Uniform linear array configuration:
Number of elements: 48
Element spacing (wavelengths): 0.25
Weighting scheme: hann
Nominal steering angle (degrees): -45
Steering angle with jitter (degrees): -44.971
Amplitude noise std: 0.05
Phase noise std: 0.05

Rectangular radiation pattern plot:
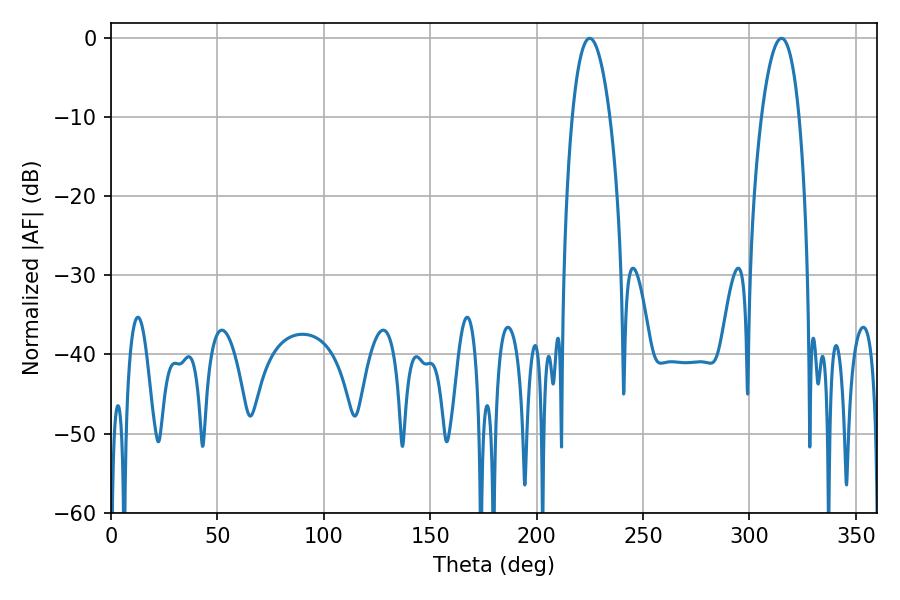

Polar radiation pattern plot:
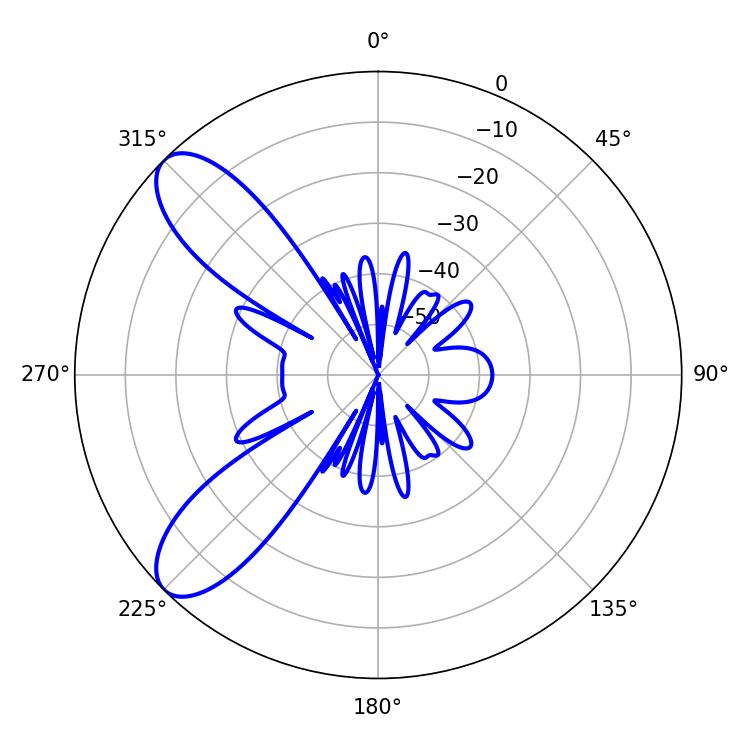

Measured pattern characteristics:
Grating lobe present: FALSE
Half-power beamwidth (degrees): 9.9
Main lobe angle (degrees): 225